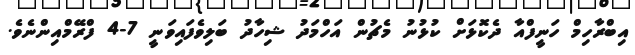
އިބްރާހިމް ހަނީފްއާ ދެކޮޅަށް ކުޅުނު މެޗުން އަހްމަދު ޝިހާދު ބަލިވެފައިވަނީ 7-4 ފްރޭމްއިންނެވެ.